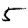
Digit: 5